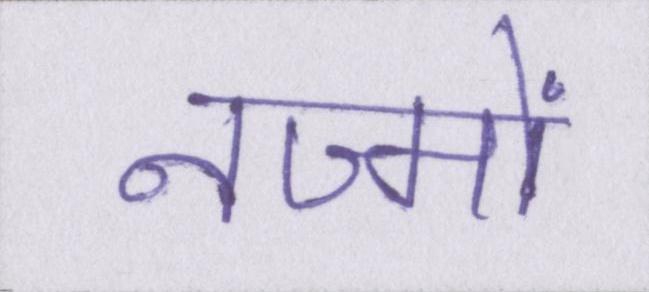
नज्मों